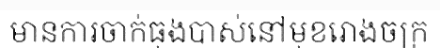
មានការចាក់ធុងបាស់នៅមុខរោងចក្រ